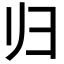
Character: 归